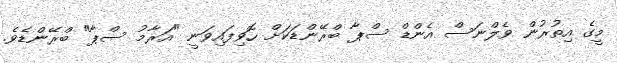
މީގެ އިތުރުން ވެލްނަސް އެންޑް ސްޕާ ބްރޭންޑަކަށް ހޮވިފައިވަނީ "އަރާމު ސްޕާ" ބްރޭންޑެވެ.